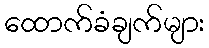
ထောက်ခံချက်များ